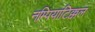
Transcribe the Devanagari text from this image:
नम्पियाटिक्कल